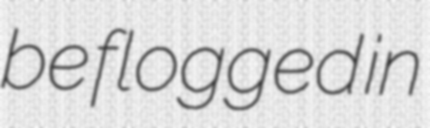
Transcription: be flogged in